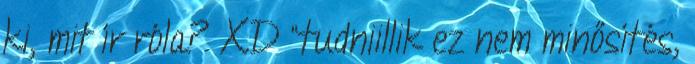
ki, mit ír róla? XD “tudniillik ez nem minősítés,